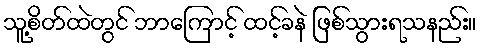
သူ့စိတ်ထဲတွင် ဘာကြောင့် ထင့်ခနဲ ဖြစ်သွားရသနည်း။